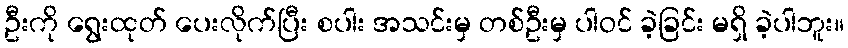
ဦးကို ရွေးထုတ် ပေးလိုက်ပြီး စပါး အသင်းမှ တစ်ဦးမှ ပါဝင် ခဲ့ခြင်း မရှိ ခဲ့ပါဘူး။